Leaving Certificate Examination (including Day School Certificate (Higher) General paper), 1937
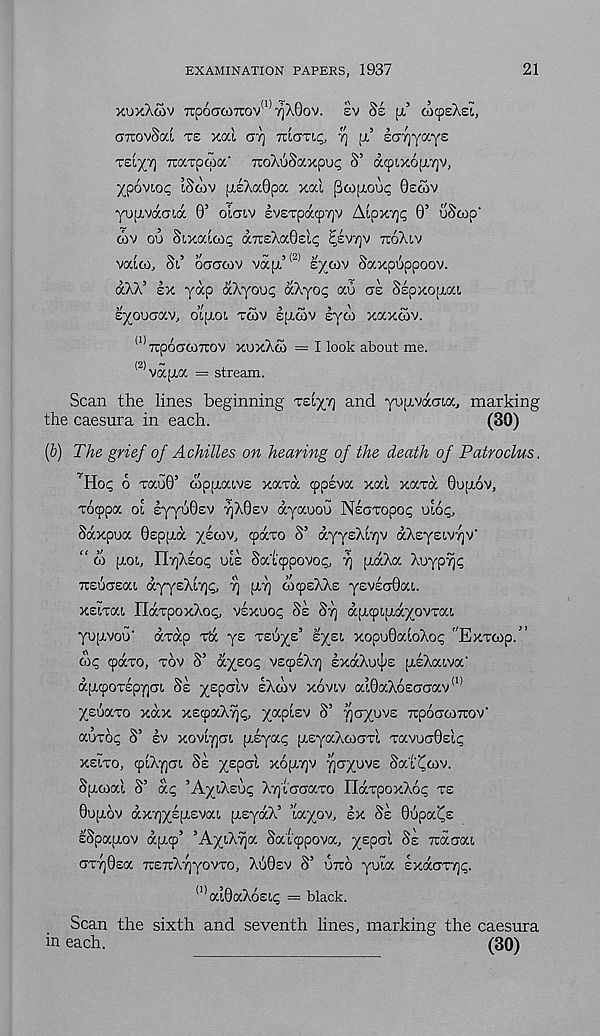
EXAMINATION PAPERS, 1937
21
XUxXSv TTpOCTOJTrO'/' 1 ' 7jA0OV. EV 8z
OICpEAEL,
o-TravSoa TE xai OT] TCIGTIC,, y\ [x’ ECTTjyayE
TEI/T] rcaxpcpa' xoAoSaxpop S’ acpixopiTjv,
ypoviop iSoav (XEAa0pa xocl pcoyouc OECOV
yuixvaGLoc 0’ oiaiv EVExpaoyv A[pxyp 0’ uScop‘
cov ou Sixaioip axsAaOElc psvyv xoAiv
vaico, St,’ orjCTtov va[x’ (2)
E'/OIV Saxpuppoov.
a/vX’ EX yap aXyoup aXyop au as SEpxo[xat,
syouaav, o’Lpiot, TOIV laolv lyco xaxoov.
(1)
rcp6crco7rov xuxXoo =
(2)
~
vajxa = stream.
Scan the lines beginning GZIJY] an( i yuptvacria, marking
the caesura in each.
(30)
(6) The grief of Achilles on hearing of the death of Patrodus.
'Hot; 6 xau0’ topiiaivs xaxa cppsva xal xaxa 0o;x6v,
xocppa ot Eyyu0£V 7)X0sv ayauou Neaxopo<; vloq,
Saxpua 0sp;xa yecov, cpaxo S’ dyysXiTjV dXEysivrjv'
“ co (xot,, IlyXsop ULE Sa'icppovop, y ixdXa Xoypyp
TTEuejEat, dyysXiyi;, y piy mtpsXXs ysvEahat,.
xslxai HdxpoxXop, VEXUOC SE Sy dircprudyovxat,
yogvoo' dxdp xd ys xEuys’ sysi xop’j0aloXoc ''Exxcop/’
&>c, cpdxo, xov S’ d^sot; vscpsXy £xdXut[»E pioXaiva'
dpupoxEpycji, SE ^spcriv sXcov xoviv a’L0aXoE(7CTav <I)
ysSaxo xdx xeiyaXy!;, yapisv S’ yayovs TrpocrcoTrov'
auxop S’ EV xovlyat, piyai; [XEyaXcoaxi xavoxOslp
XEixo, cpiXycn SE yspcrl xoixyv yayuvs Sat^cov.
Sjxcoal S’ dp ’AyiXsup Xytcxaxo ITaxpoxXoc XE
0OIXOV dxyy£[XEvaL pisyaX’ ’tayov, EX SE 0upa^£
sSpaptov dpicp’ ’AyiXya Salcppova, yspal SE Trdaat,
crxy0Ea TOTrXyyovxo, XS0sv S’ UTTO yuia Exdaxyp.
(1) aL0aX6£t,p = black.
Scan the sixth and seventh lines, marking the caesura
in each.
(30)